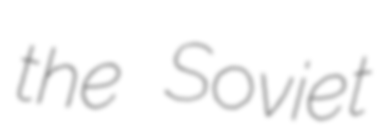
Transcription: the Soviet